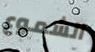
الشموع